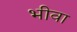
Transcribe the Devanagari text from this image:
भीवा